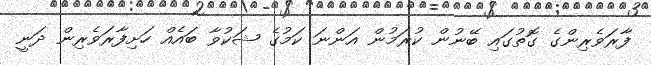
ފާރަވެރިންގެ ގޮތުގައި ބޭނުން ކުރަމުން އަންނަ ކަމުގެ ޝަކުވާ ބައެއް ހަށިފާރަވެރިން ދަނީ